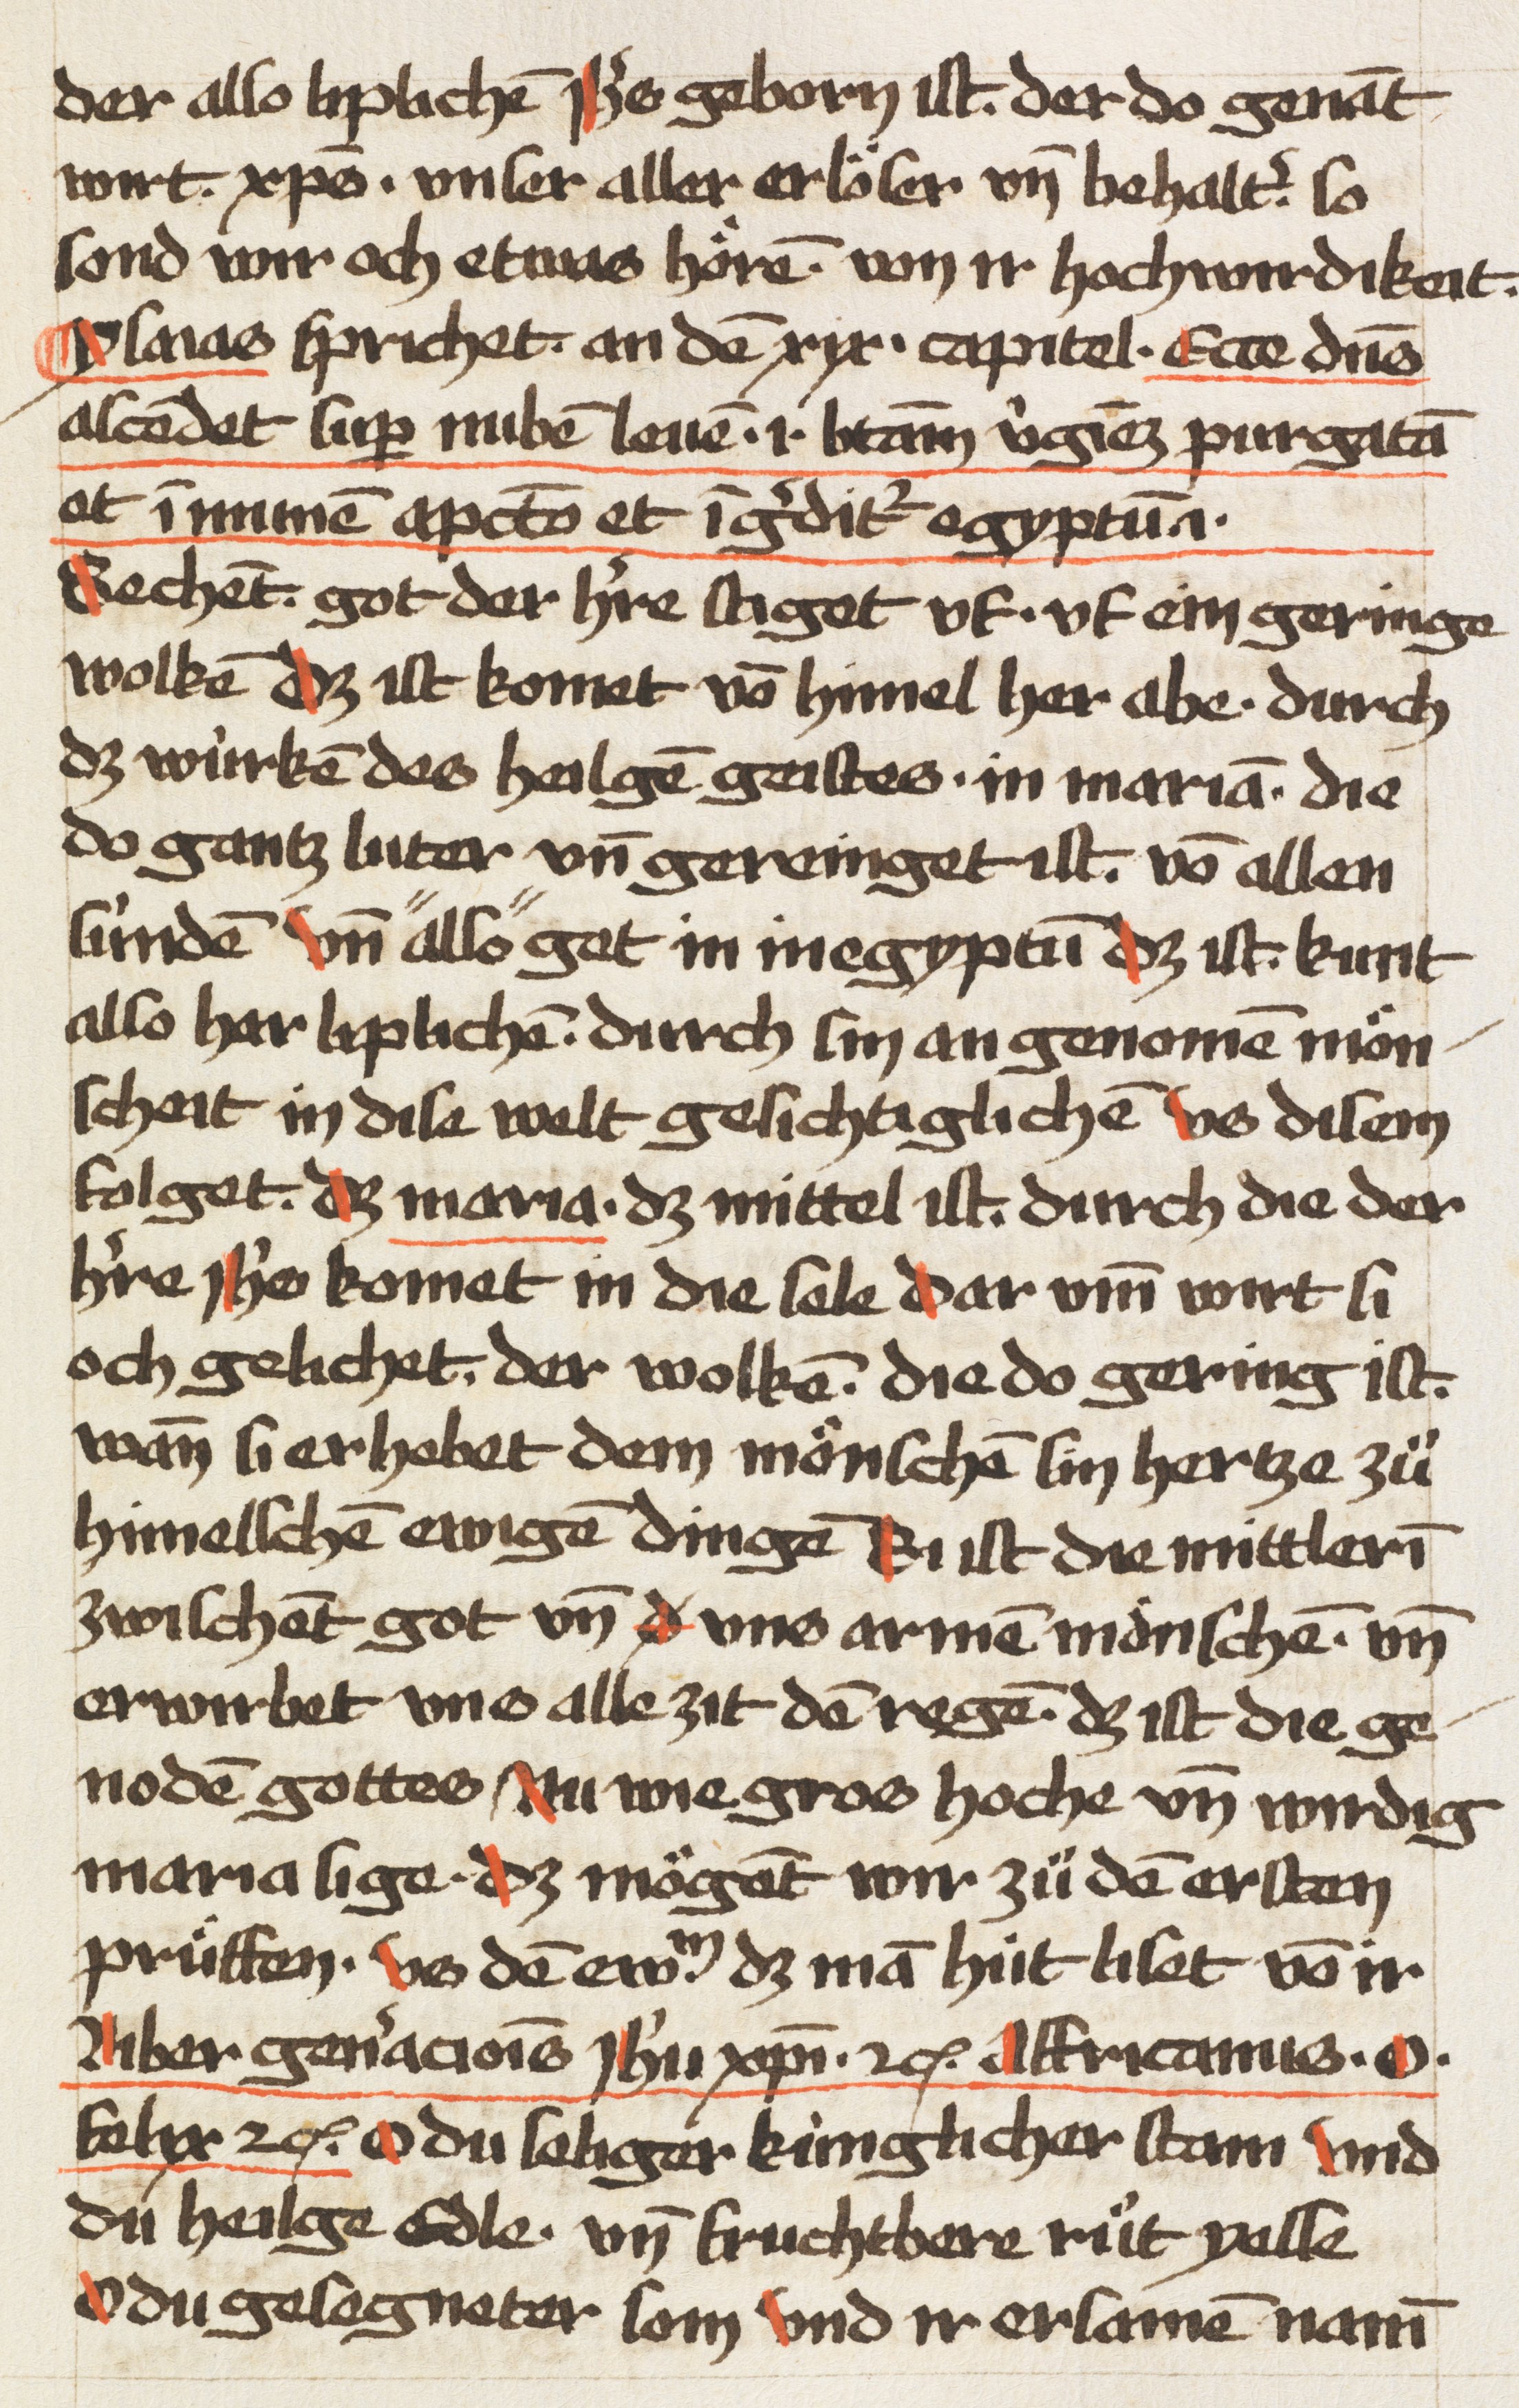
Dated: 1470–1480